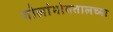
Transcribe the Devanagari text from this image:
गोलांभोवतालच्या